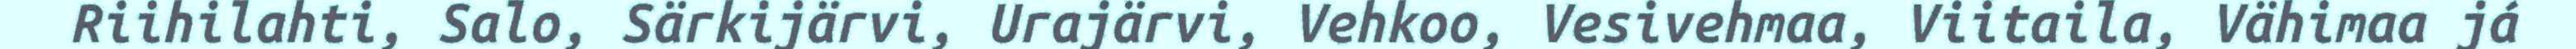
Riihilahti, Salo, Särkijärvi, Urajärvi, Vehkoo, Vesivehmaa, Viitaila, Vähimaa já